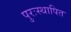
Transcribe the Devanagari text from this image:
पुरःस्थापित